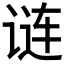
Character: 𬣽